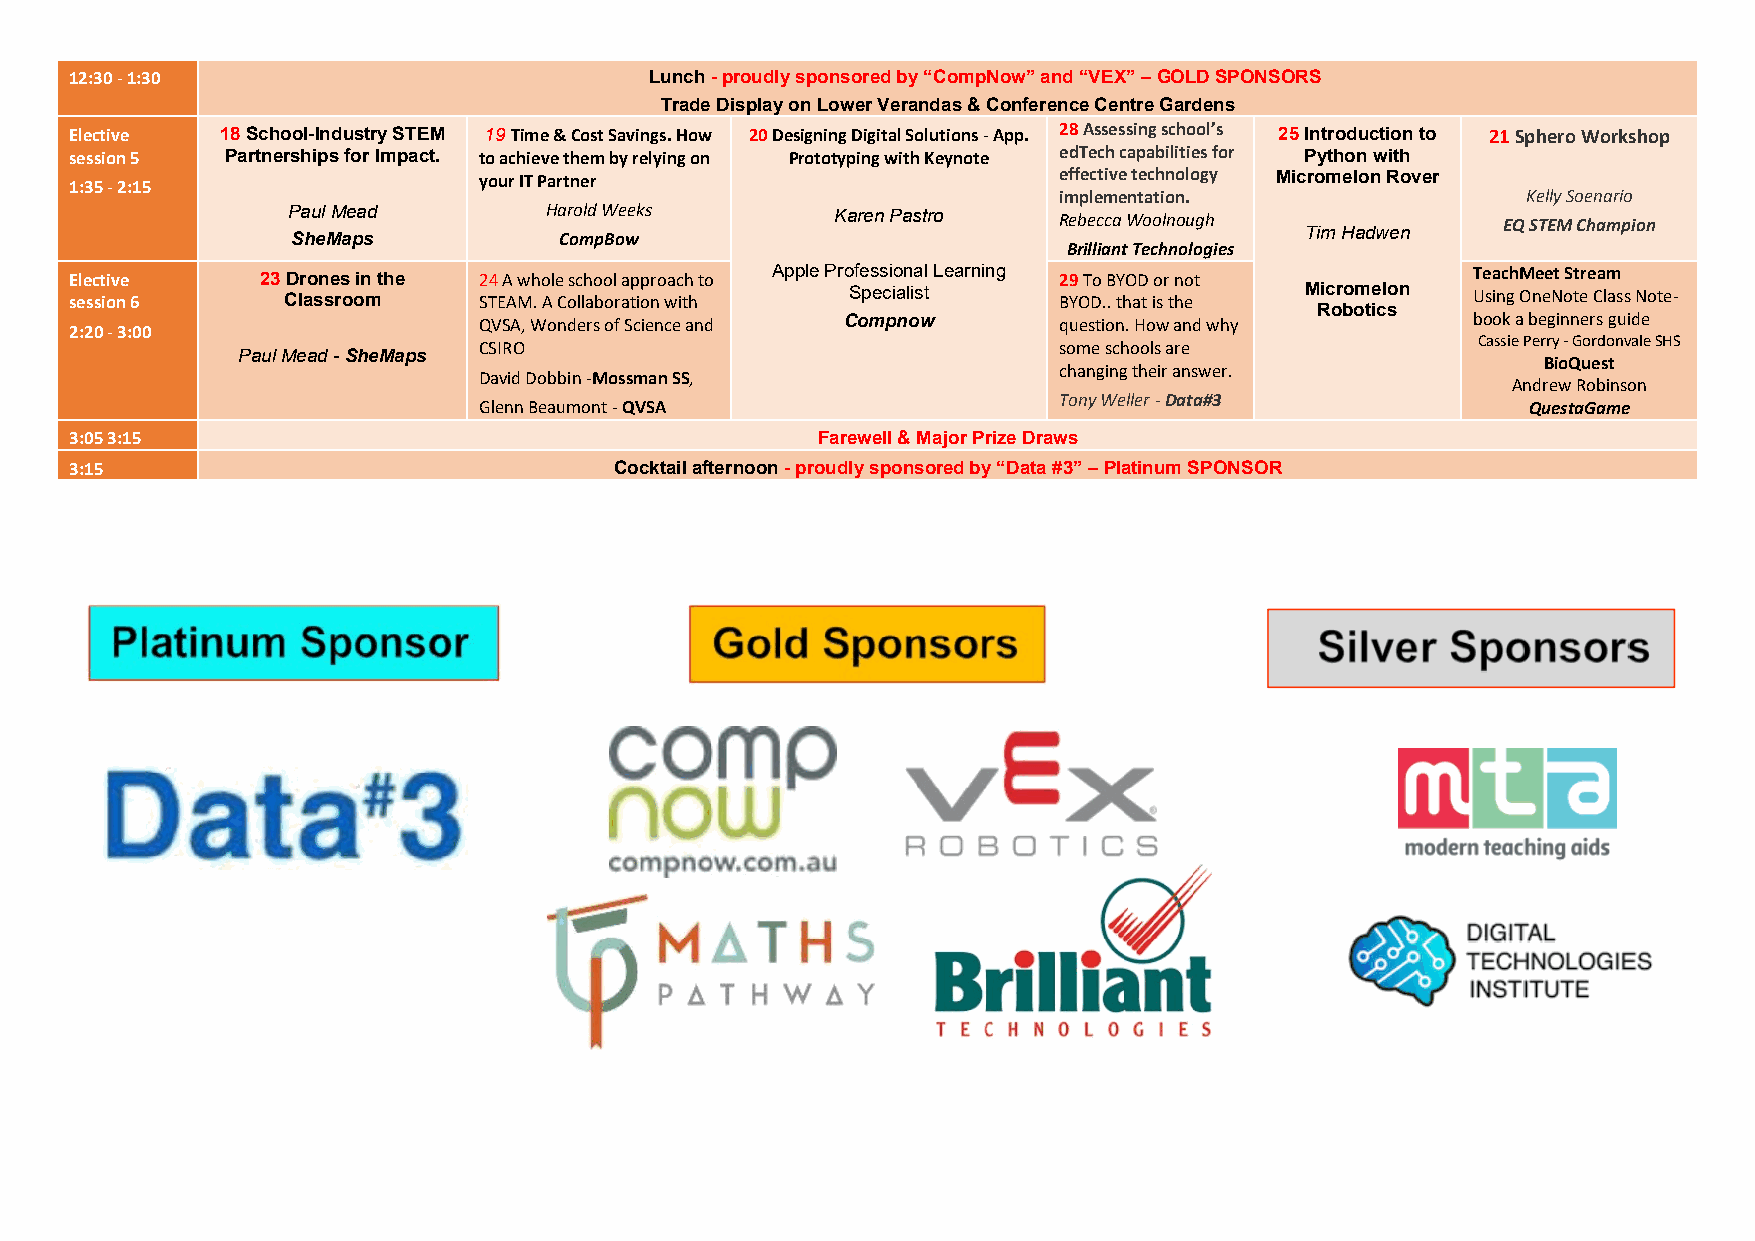
12:30 - 1:30                          Lunch - proudly sponsored by “CompNow” and “VEX” – GOLD SPONSORS
 Trade Display on Lower Verandas & Conference Centre Gardens
 Elective  18 School-Industry STEM 19 Time & Cost Savings. How 20 Designing Digital Solutions - App. 28 Assessing school’s 25 Introduction to 21 Sphero Workshop
 session 5 Partnerships for Impact. to achieve them by relying on Prototyping with Keynote edTech capabilities for Python with
 1:35 - 2:15                your IT Partner                       effective technology Micromelon Rover
 implementation.                Kelly Soenario
 Paul Mead        Harold Weeks       Karen Pastro   Rebecca Woolnough            EQ STEM Champion
 Tim Hadwen
 SheMaps           CompBow
 Brilliant Technologies
 Elective    23 Drones in the 24 A whole school approach to Apple Professional Learning 29 To BYOD or not TeachMeet Stream
 session 6     Classroom    STEAM. A Collaboration with Specialist BYOD.. that is the Micromelon Using OneNote Class Note-
 Robotics
 2:20 - 3:00                QVSA, Wonders of Science and Compnow  question. How and why      b Co ao ssk
 i
 ea
 P
 b ee rrg yi n
 -
 n Ge or rs
 d
 og nu vid ale
 e SHS
 CSIRO                                 some schools are
 Paul Mead - SheMaps
 BioQuest
 David Dobbin -Mossman SS,             changing their answer.
 Andrew Robinson
 Glenn Beaumont - QVSA                 Tony Weller - Data#3           QuestaGame
 3:05 3:15                                        Farewell & Major Prize Draws
 3:15                                Cocktail afternoon - proudly sponsored by “Data #3” – Platinum SPONSOR